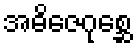
အဓိဇေဂုစ္ဆေ